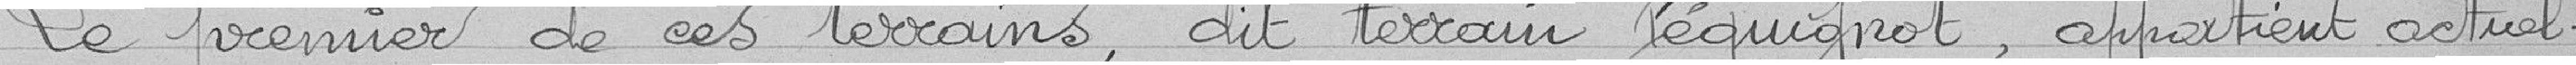
Le premier de ces terrains, dit terrain Péquignot, appartient actuel-